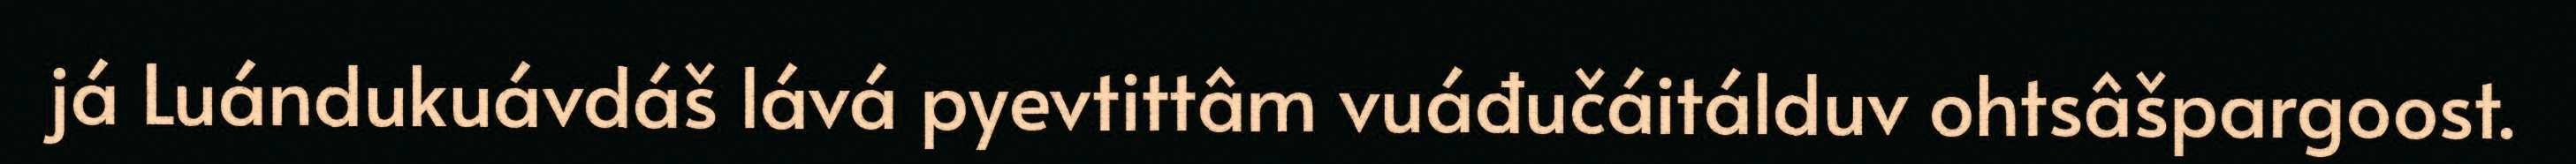
já Luándukuávdáš lává pyevtittâm vuáđučáitálduv ohtsâšpargoost.